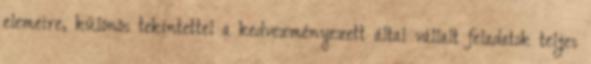
elemeire, különös tekintettel a kedvezményezett által vállalt feladatok teljes